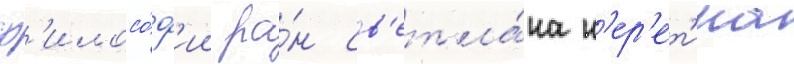
ф'илосо́ф'ии ра́н св'етла́на н'ер'ет'ина